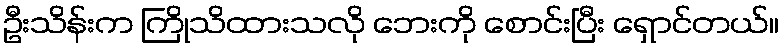
ဦးသိန်းက ကြိုသိထားသလို ဘေးကို စောင်းပြီး ရှောင်တယ်။